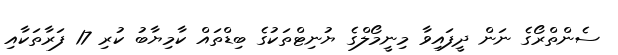
ސެންތްރޯގެ ނަން ދީފައިވާ މިނީމޯލްގެ ޔުނިޓްތަކުގެ ބިޑްތައް ކާމިޔާބު ކުރި 17 ފަރާތަކާއި